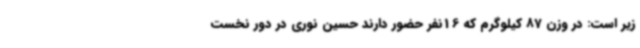
زیر است: در وزن 87 کیلوگرم که 16نفر حضور دارند حسین نوری در دور نخست